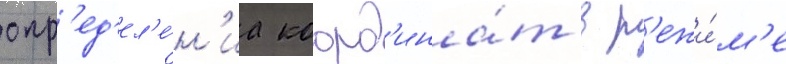
опр'ед'ел'е́н'иа коорд'ина́т в р'ежи́м'е